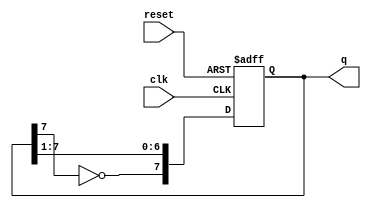
module johnson_counter (
    input wire clk,      // Clock input
    input wire reset,    // Reset input
    output reg [7:0] q   // 8-bit output representing the counter state
);

// Always block triggered on the rising edge of the clock or reset
always @(posedge clk or posedge reset) begin
    if (reset) begin
        // Initialize the counter to zero on reset
        q <= 8'b00000000;
    end else begin
        // Shift the counter and apply the Johnson counter logic
        q <= {~q[7], q[7:1]}; // Invert the last bit and shift right
    end
end

endmodule